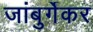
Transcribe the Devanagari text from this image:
जांबुर्गेकर